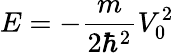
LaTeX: E=-\frac{m}{2\hbar^{2}}V_{0}^{2}